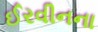
ઈરવીનના